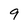
Character: 9